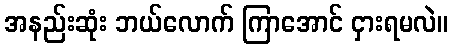
အနည်းဆုံး ဘယ်လောက် ကြာအောင် ငှားရမလဲ။